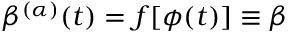
\beta ^ { ( \alpha ) } ( t ) = f [ \phi ( t ) ] \equiv \beta